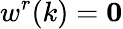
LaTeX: w^{r}(k)=\textbf{0}